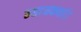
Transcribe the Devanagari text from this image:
न्यायकर्त्ता।